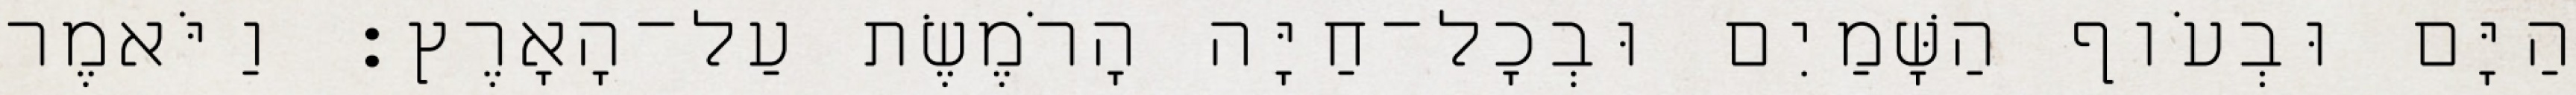
הַיָּם וּבְעֹוף הַשָּׁמַיִם וּבְכָל־חַיָּה הָרֹמֶשֶׂת עַל־הָאָרֶץ׃ וַיֹּאמֶר